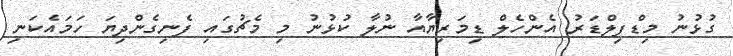
ގުޅުނު މިޑްފިލްޑަރު އެންހެލް ޑިމަރިޔާއާ ނުލާ ކުޅުނު މި މެޗުގައި ފެނިގެންދިޔަ ހަމައެކަނި